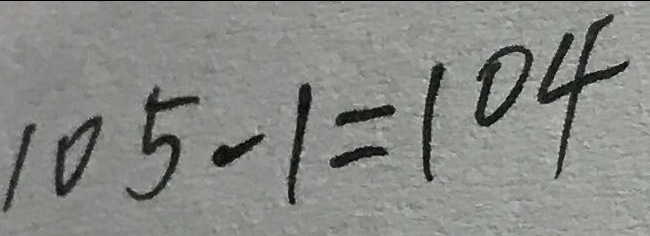
1 0 5 - 1 = 1 0 4